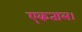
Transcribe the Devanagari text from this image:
एकताल।